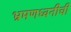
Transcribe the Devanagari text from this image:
भ्रमणध्वनीची